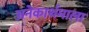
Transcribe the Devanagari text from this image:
अनेकार्थमाला